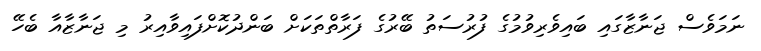
ނަމަވެސް ޖަނާޒާގައި ބައިވެރިވުމުގެ ފުރުސަތު ބޭރުގެ ފަރާތްތަކަށް ބަންދުކޮށްފައިވާއިރު މި ޖަނާޒާއާ ބެހޭ